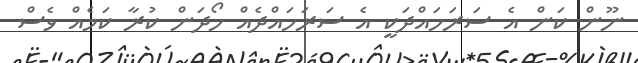
ނޫން ކަން އެ ސަރަހައްދަކީ އެ ސަރަހައްދެއް ހޯދަން ކުރާ ކަމެއް ވެސް